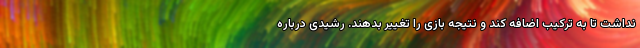
نداشت تا به ترکیب اضافه کند و نتیجه بازی را تغییر بدهند. رشیدی درباره